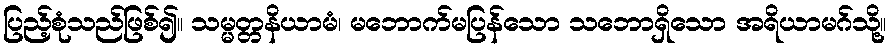
ပြည့်စုံသည်ဖြစ်၍။ သမ္မတ္တနိယာမံ၊ မဘောက်မပြန်သော သဘောရှိသော အရိယာမဂ်သို့။